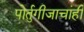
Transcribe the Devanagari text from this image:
पोर्तुगीजाचांही